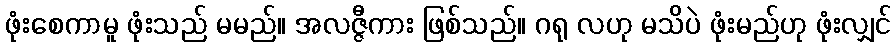
ဖုံးစေကာမူ ဖုံးသည် မမည်။ အလဇ္ဇီကား ဖြစ်သည်။ ဂရု လဟု မသိပဲ ဖုံးမည်ဟု ဖုံးလျှင်